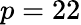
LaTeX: p=22